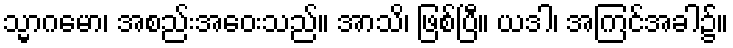
သ္မာဂမော၊ အစည်းအဝေးသည်။ အာသိ၊ ဖြစ်ပြီ။ ယဒါ၊ အကြင်အခါ၌။